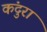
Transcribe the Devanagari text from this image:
कंदुरा